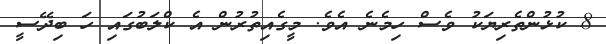
8 ކުޅުންތެރިޔަކު ވެސް ހިމެނެ އެވެ. މީގެއިތުރުން އެ ކްލަބުގައި ހަ ބިދޭސީ